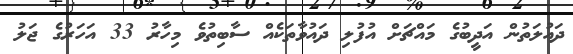
ދައުލަތުން އަދީބުގެ މައްޗަށް އުފުލި ދައުވާތަކެއް ސާބިތުވެ މިހާރު 33 އަހަރުގެ ޖަލު